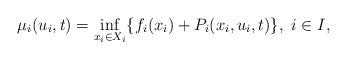
LaTeX: \begin{align*} \mu_{i} (u_{i},t)=\inf \limits _{x_{i} \in X_{i}} \{ f_{i}(x_{i})+P_{i}(x_{i},u_{i},t)\}, \ i \in I,\end{align*}